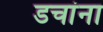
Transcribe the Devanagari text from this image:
डचांना